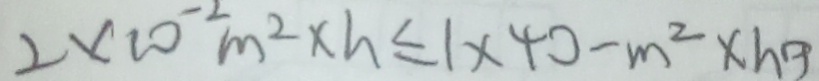
2 \times 1 0 ^ { - 2 } m ^ { 2 } \times h \leq 1 \times 4 0 - m ^ { 2 } \times h g